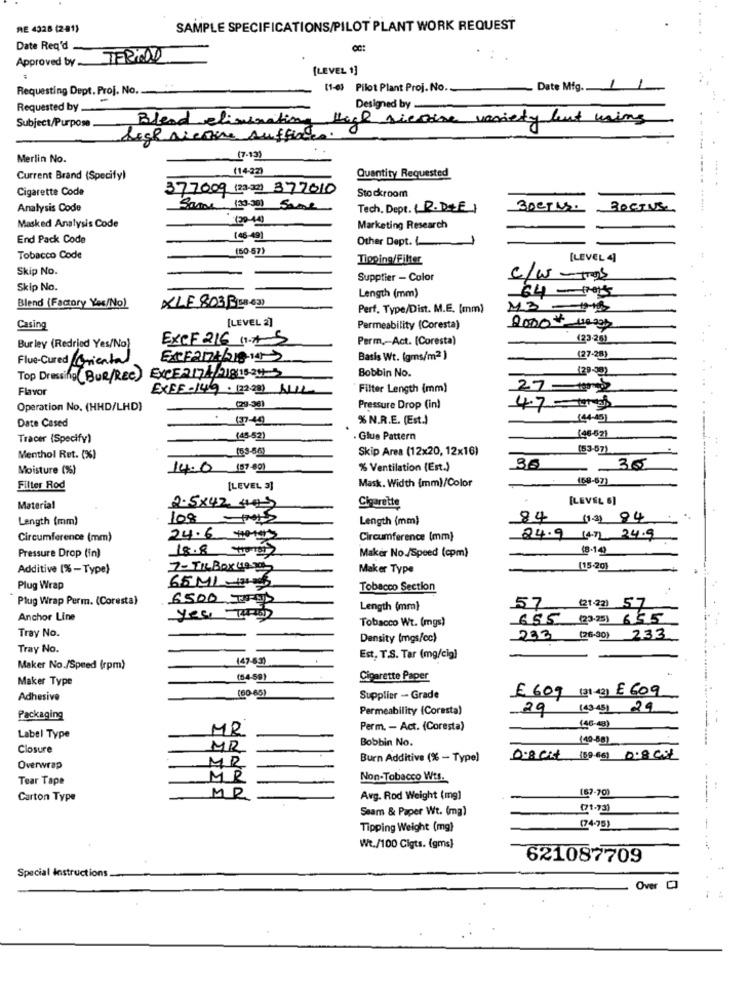
RE 4328 (281)
SAMPLE SPECIFICATIONS/PILOT PLANT WORK REQUEST
Date Req'd .
Approved by TERHOOD
[LEVEL 1]
Requesting Dept. Proj. No.
(1-6) Pilot Plant Proj. No.
Requested by .
Designed by
Blend eliminating thach siecire variety but using
Subject/Purpose .
high nienie suffixes
Merlin No.
17-13)
(1422)
Current Brand (Specify)
Quantity Requested
Cigarette Code
377009 (23:2) 377010
Stockroom
Analysis Code
Same 120301 Same
Tech. Dept. (R.DIE)
BOCTUS
(30-44
Masked Analysis Code
Marketing Research
End Pack Code
[48-49]
Other Dept. L
(50-57)
Tobacco Code
Tipping/Filter
[LEVEL 4]
Skip No.
Supptier - Color
C/W-TOS
Skip No.
Length (mm)
64-1015
Blend (Factory Yes/No)
XLF 803(B(8-63)
Perf, Type/Dist. M.E. [mm)
M3 -MB
[LEVEL 2]
Casing
Permeability (Coresta)
2000 # 1020h
EXCF 216 11.45
Perm ,- Act. (Coresta)
(23-281
Bur ley (Redried Yes/No)
Flue-Cured Orienta
Basis Wt. (gms/m2 )
(27-28)
Top Dressing (BUR/REC) EXCE2171/3181824 3
Bobbin No.
(29-30)
Flavor
EXPE-149 . (2228) WILL
Filter Length (mm)
27-
Operation No. (HHD/LHD)
(29-36)
Pressure Drop (in)
4.7-10
Date Cased
. 137-49
% N.R.E. (Est.)
Tracer (Specify)
(4352)
. Glue Pattern
(48-62)
Skip Area (12x20, 12x16)
(53-67)
Menthol Ret. (%)
Moisture (%)
14.0 (5789)
% Ventilation (Est.)
30
35
(68-67)
Filter Rod
[LEVEL 3]
Mask. Width (mm)/Color
[LEVEL 6]
Material
2.5x42, 44)
Cigarette
Length (mm)
108 -1012
Length (mm)
84 (13) 94
Circumference (mm)
24.6 Meters
Circumference (mm)
24.9 147) 24.9
18.8 THg
(B.14)
Pressure Drop (in)
Maker No./Speed (cpm)
Additive (%-Type)
7- Tu Box (19-
Maker Type
(15-20)
65 ML -1175
Plug Wrap
Tobacco Section
Plug Wrap Perm. (Coresta)
6500 TRUD
57
yes Turant
Length (mm]
(21-22) 57
Anchor Line
Tobacco Wt. (mgs)
685 (23-25) 655
Tray No.
Density (mgs/cc)
233 (26-30) 233
Tray No.
(47-63)
Est. T.S. Tar (mg/cig)
Maker No./Speed (rpm)
Maker Type
(54-59)
Cigarette Paper
£ 609 (21 43) £ 609
Adhesive
(60-65)
Supplier - Grade
Permeability (Coresta)
29 (4345) 29
Packaging
MR
Perm. - Act. (Coresta)
(45-4)
Label Type
Bobbin No.
(40-80)
Closure
MR
MR
Burn Additive (% - Type)
0.8 cit (80 65) 0.8 00
Overwrap
Tear Tape
MR
Non-Tobacco Wts.
[87-70)
Carton Type
MP
Avg. Rod Weight (mg)
Seam & Paper Wt. (mg)
01-73]
Tipping Weight (mg)
(74-75)
Wt./100 Cigts. (gms)
621087709
Special Instructions
Over CI